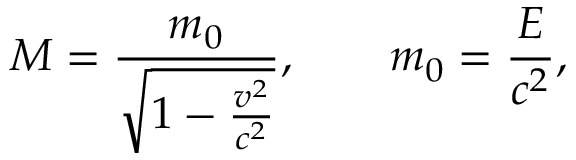
M = { \frac { m _ { 0 } } { \sqrt { 1 - { \frac { v ^ { 2 } } { c ^ { 2 } } } } } } , \qquad m _ { 0 } = { \frac { E } { c ^ { 2 } } } ,